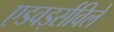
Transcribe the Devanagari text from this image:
एडवर्ड्सविले